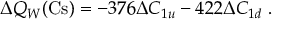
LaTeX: \Delta Q _ { W } ( \mathrm { C s } ) = - 3 7 6 \Delta C _ { 1 u } - 4 2 2 \Delta C _ { 1 d } \; .